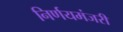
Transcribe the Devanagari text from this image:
निर्णयमंजरी